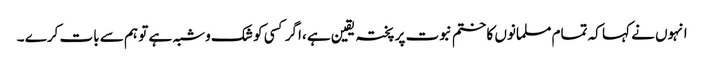
انہوں نے کہا کہ تمام مسلمانوں کا ختم نبوت پر پختہ یقین ہے ،اگر کسی کو شک وشبہ ہے تو ہم سے بات کرے ۔